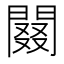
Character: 䦤